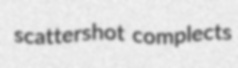
scattershot complects